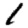
Digit: 1